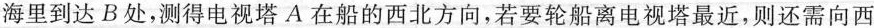
海里到达B处，测得电视塔A在船的西北方向，若要轮船离电视塔最近，则还需向西